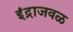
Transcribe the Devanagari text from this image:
इंद्राजवळ